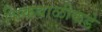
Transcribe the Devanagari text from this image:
भिकबाळीकडे